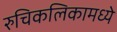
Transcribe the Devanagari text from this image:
रुचिकलिकामध्ये